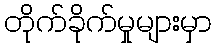
တိုက်ခိုက်မှုများမှာ